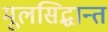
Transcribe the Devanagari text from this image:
मूलसिद्धान्त